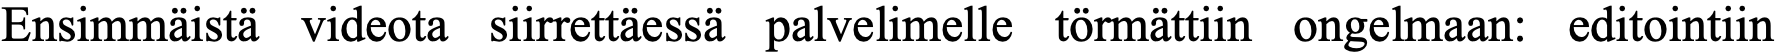
Ensimmäistä videota siirrettäessä palvelimelle törmättiin ongelmaan: editointiin